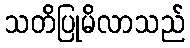
သတိပြုမိလာသည်